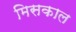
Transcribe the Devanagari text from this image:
मिसकाल